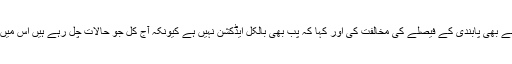
دوسرےشہری نے بھی پابندی کے فیصلے کی مخالفت کی اور کہا کہ پب بھی بالکل ایڈکشن نہیں ہے کیونکہ آج کل جو حالات چل رہے ہیں اس میں بچے کیا کریں۔